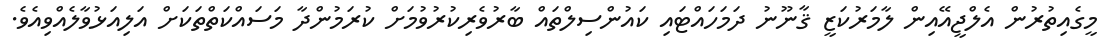
މީގެއިތުރުން އެލްޖީއޭއިން ލާމަރުކަޒީ ޤާނޫނު ދަމަހައްޓައި ކައުންސިލްތައް ބާރުވެރިކުރުވުމަށް ކުރަމުންދާ މަސައްކަތްތަކަށް އަލިއަޅުވާލެއްވިއެވެ.